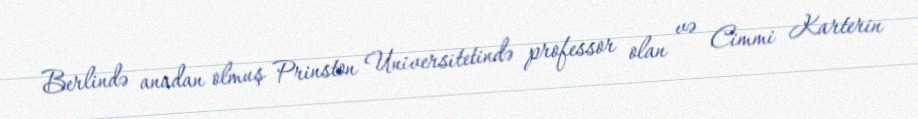
Berlində anadan olmuş Prinston Universitetində professor olan və Cimmi Karterin